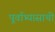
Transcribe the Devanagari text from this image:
पूर्वाभ्यासाची